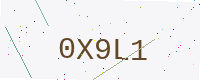
Text: 0X9L1